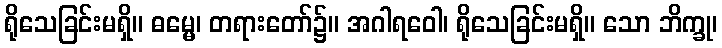
ရိုသေခြင်းမရှိ။ ဓမ္မေ၊ တရားတော်၌။ အဂါရဝေါ၊ ရိုသေခြင်းမရှိ။ သော ဘိက္ခု၊